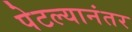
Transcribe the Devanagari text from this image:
पेटल्यानंतर